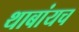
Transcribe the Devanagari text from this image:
थाबांयच